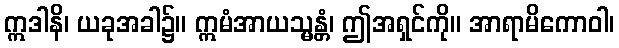
ဣဒါနိ၊ ယခုအခါ၌။ ဣမံအာယသ္မန္တံ၊ ဤအရှင်ကို။ အာရာမိကောဝါ၊